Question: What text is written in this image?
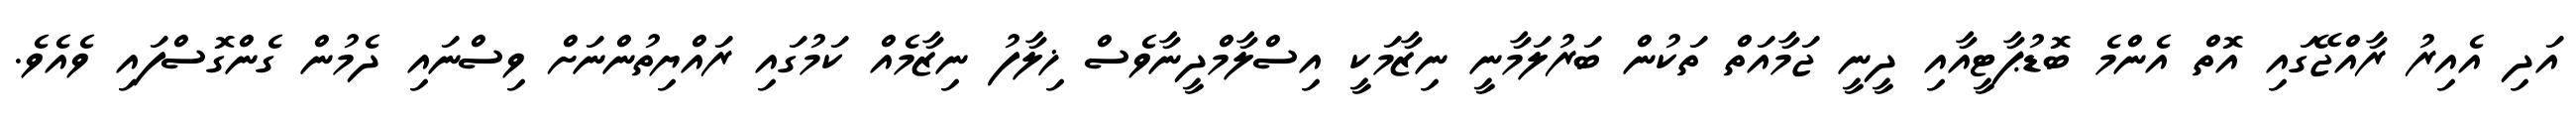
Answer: އަދި އެއިރު ރާއްޖޭގައި އޮތް އެންމެ ބޮޑުޕާޓީއާއި ދީނީ ޖަމާއަތް ތަކުން ބަރުލަމާނީ ނިޒާމަކީ އިސްލާމްދީނާވެސް ޚިލާފު ނިޒާމެއް ކަމުގައި ރައްޔިތުންނަށް ވިސްނައި ދެމުން ގެންގޮސްފައި ވެއެވެ.